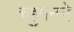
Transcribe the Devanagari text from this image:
च्हुमनने